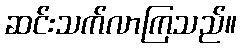
ဆင်းသက်လာကြသည်။